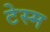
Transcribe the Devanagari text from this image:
टेस्म